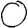
Digit: 0